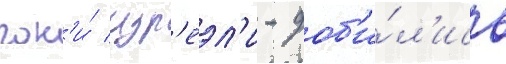
гон'и́ изр'еэл'и - доб'и́л'ись